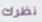
نظرك